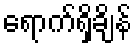
ရောက်ရှိချိန်